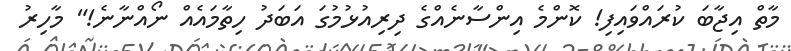
މާތް އިޖާބަ ކުރައްވައިފި! ކޮންމެ އިންސާނެއްގެ ދިރިއުޅުމުގަ އަބަދު ހިތާމައެއް ނޯއްނާނެ!" މާހިރު